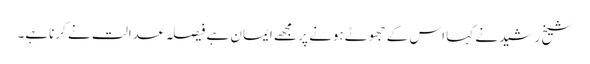
شیخ رشید نے کہا اس کے جھوٹے ہونے پر مجھے ایمان ہے فیصلہ عدالت نے کرناہے۔